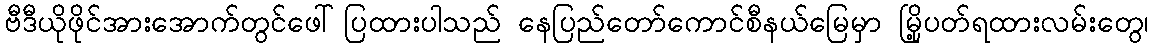
ဗီဒီယိုဖိုင်အားအောက်တွင်ဖေါ်ပြထားပါသည် နေပြည်တော်ကောင်စီနယ်မြေမှာ မြို့ပတ်ရထားလမ်းတွေ၊